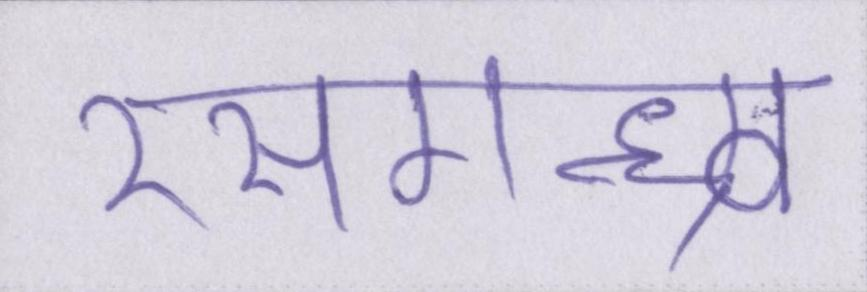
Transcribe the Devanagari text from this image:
रसगन्ध्र्व